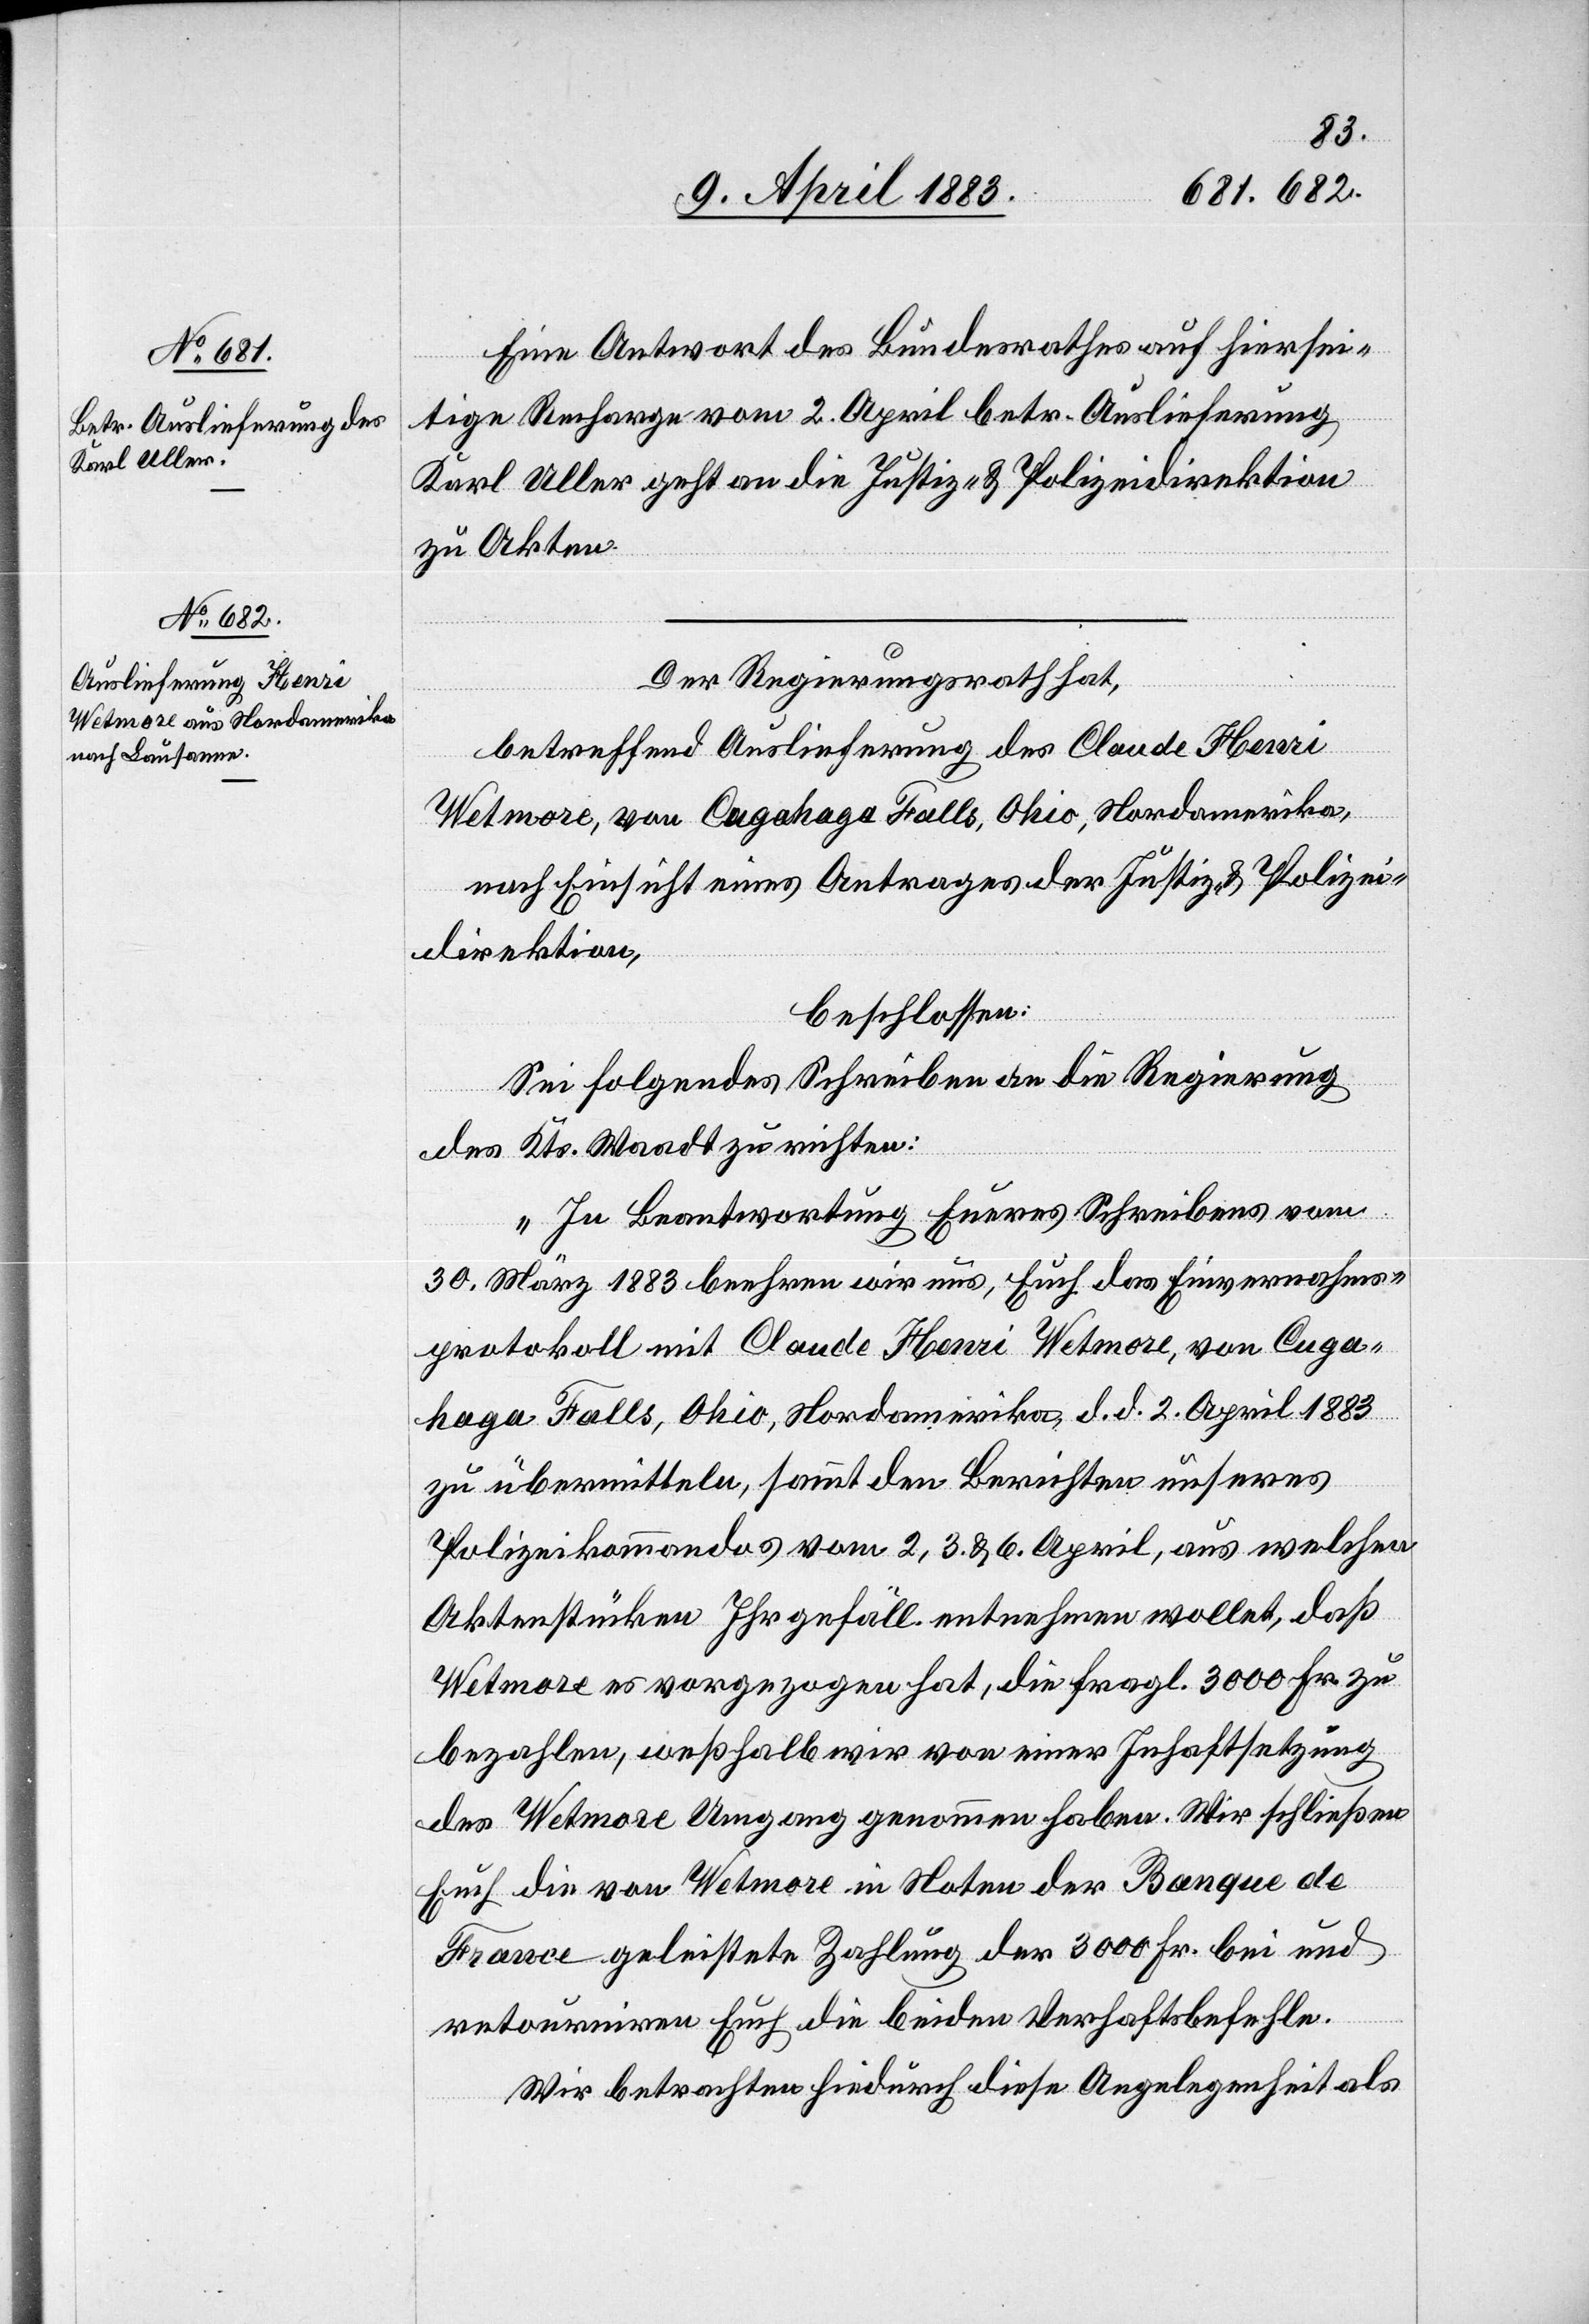
9. April 1883.]
Eine Antwort des Bundesrathes auf hiersei¬
tige Recharge vom 2. April betr. Auslieferung
Karl Uller geht an die Justiz- & Polizeidirektion
zu Akten.
Der Regierungsrath hat,
erfügungen
betreffend Auslieferung des Claude Henri
Wetmore, von Cugahaga Falls, Ohio, Nordamerika,
nach Einsicht eines Antrages der Justiz- & Polizei¬
direktion,
beschlossen:
Sei folgendes Schreiben an die Regierung
des Kts. Waadt zu richten:
„In Beantwortung Eures Schreibens vom
30. März 1883 beehren wir uns, Euch das Einvernahms¬
protokoll mit Claude Henri Wetmore, von Cuga¬
haga Falls, Ohio, Nordamerika, d. d. 2. April 1883
zu übermitteln, sammt den Berichten unseres
Polizeikommandos vom 2., 3. & 6. April, aus welchen
Aktenstücken Ihr gefäll. entnehmen wollet, daß
Wetmore es vorgezogen hat, die fragl. 3000 Fr. zu
bezahlen, weßhalb wir von einer Inhaftsetzung
des Wetmore Umgang genommen haben. Wir schließen
Euch die von Wetmore in Noten der Banque de
France geleistete Zahlung der 3000 Fr. bei und
retourniren Euch die beiden Verhaftsbefehle.
Wir betrachten hiedurch diese Angelegenheit als